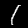
Label: 1